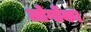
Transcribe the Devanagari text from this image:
लोगोंका